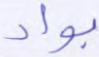
بواد